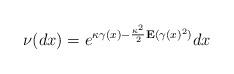
LaTeX: \begin{align*}\nu(dx)=e^{\kappa\gamma(x)-\frac{\kappa^2}{2}\mathbf{E}(\gamma(x)^2)}dx\end{align*}